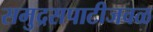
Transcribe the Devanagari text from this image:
समुद्रसपाटीजवळ